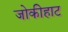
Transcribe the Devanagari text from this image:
जोकीहाट